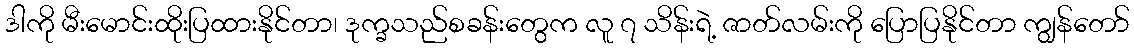
ဒါကို မီးမောင်းထိုးပြထားနိုင်တာ၊ ဒုက္ခသည်စခန်းတွေက လူ ၇ သိန်းရဲ့ ဇာတ်လမ်းကို ပြောပြနိုင်တာ ကျွန်တော်